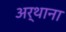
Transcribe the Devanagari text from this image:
अर्थाना